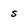
Character: s